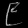
Digit: ၉